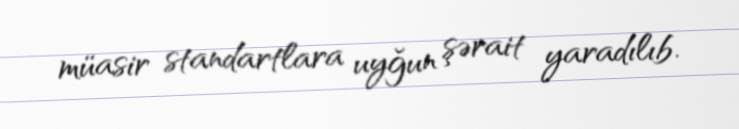
müasir standartlara uyğun şərait yaradılıb.